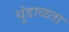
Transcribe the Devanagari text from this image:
धुंडाळता